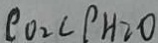
\rho O _ { 2 } c \rho H _ { 2 } O